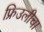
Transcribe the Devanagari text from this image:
फ्रिउलीचा